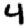
Digit: 4